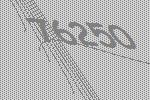
76250